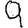
Digit: 9